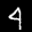
Label: 4